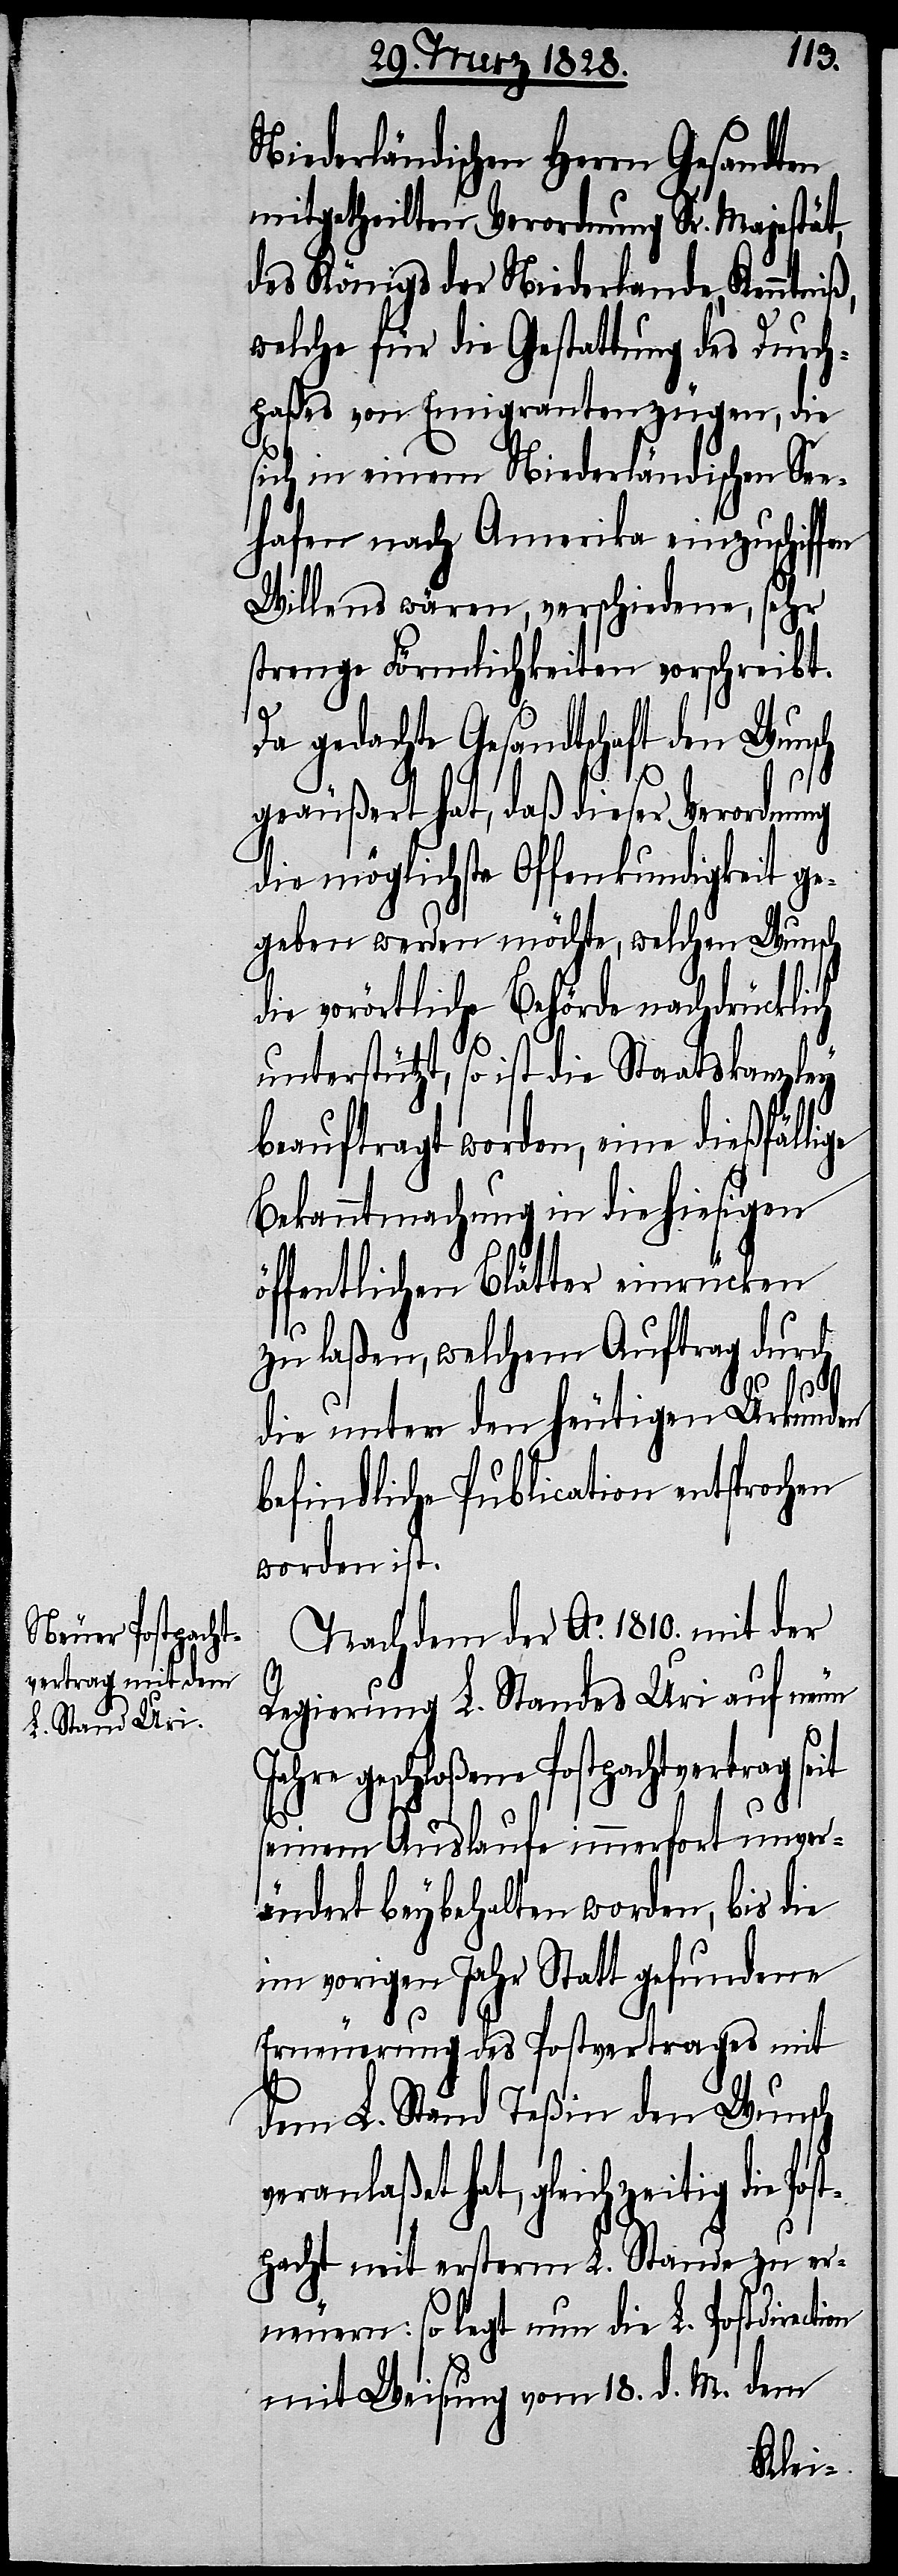
Niederländischen Herrn Gesandten
mitgetheilten Verordnung Sr. Majestät,
des Königs der Niederlande, Kenntniß,
welche für die Gestaltung des Durch¬
paßes von Emigrantenzügen, die
sich in einem Niederländischen Se¬
ehafen nach Amerika einzuschiffen
Willens wären, verschiedene, sehr
strenge Förmlichkeiten vorschreibt.
on
Da gedachte Gesandtschaft den Wunsch
geäußert hat, daß dieser Verordnung
die möglichste Offenkundigkeit ge¬
geben werden möchte, welchen Wunsch
die vorörtliche Behörde nachdrücklich
unterstützt, so ist die
beauftragt worden, eine dießfällige
Bekanntmachung in die hiesigen
öffentlichen Blätter einrücken
zu laßen, welchem Auftrag durch
Post¬
die unter den heutigen Urkunden
befindliche Publication entsprochen
worden ist.
Nachdem der Ao. 1810. mit der
Regierung L. Standes Uri auf neun
Jahre geschloßene Postpachtvertrag
seinem Auslaufe immerfort unver¬
ändert beybehalten worden, bis die
im vorigen Jahr Statt gefundene
Erneuerung des Postvertrages mit
dem L. Stand Teßin den Wunsch
eranlaßet hat, gleichzeitig die
pacht mit ersterm L. Stande zu er¬
neuern: so legt nun die L. Postdirecti¬
mit Weisung vom 18. d. M. dem